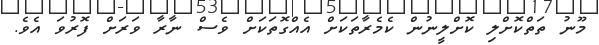
މޫނު ތަތްކޮށްލި ކޮށްލީނުން ކެމެރާތަކަށް އެއްގޮތަކަށް ވެސް ނާރާ ވަރަށް ފޮރުވަ އެވެ.